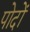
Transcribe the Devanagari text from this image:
पोदों